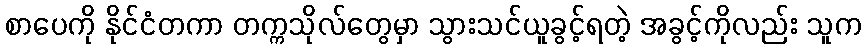
စာပေကို နိုင်ငံတကာ တက္ကသိုလ်တွေမှာ သွားသင်ယူခွင့်ရတဲ့ အခွင့်ကိုလည်း သူက